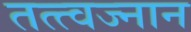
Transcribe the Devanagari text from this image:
तत्त्वज्नान